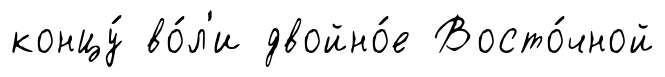
концу́ во́л'и двойно́е Восто́чной